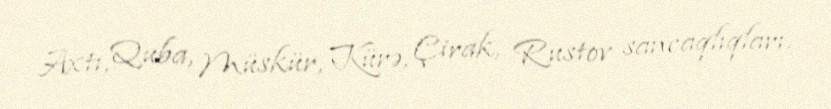
Axtı, Quba, Müskür, Kürə, Çirak, Rustov sancaqlıqları.